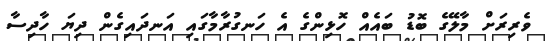
ވެރިރަށް މާލޭގެ ބޮޑު ބައެއް ހޮޅިންގެ އެ ހަނގުރާމާގައި އަނދައިގެން ދިޔަ ހާދިސާ